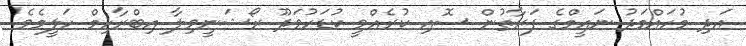
އަދި މުހައްމަދު ނައީމްގެ ފަރާތުން ސޮއި ކުރެއްވީ ކުޑަހުވަދޫ ރޯޝަނީވިލާ އިބްރާހިމް ހަލީމެވެ.